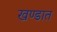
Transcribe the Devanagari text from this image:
खण्डात